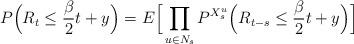
LaTeX: \begin{align*}P\Big( R_t \leq \frac{\beta}{2}t + y\Big) = E \Big[ \prod_{u \in N_s} P^{X^u_s} \Big( R_{t - s} \leq \frac{\beta}{2}t + y \Big) \Big] \end{align*}